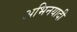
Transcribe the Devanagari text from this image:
अभिनयादी